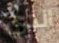
الذي